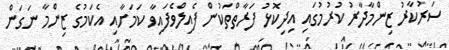
ސަރުކާރު ޒިންމާދާރު ކުރުމުގައި އިދިކޮޅު ފަރާތްތަކުން ފެއިލްވެފައިވާ ކަމަށާއި އެކަމުގެ ޒިންމާ ނަގަން